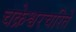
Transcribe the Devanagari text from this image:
चक्रेश्वरचरिते